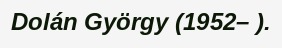
Dolán György (1952– ).